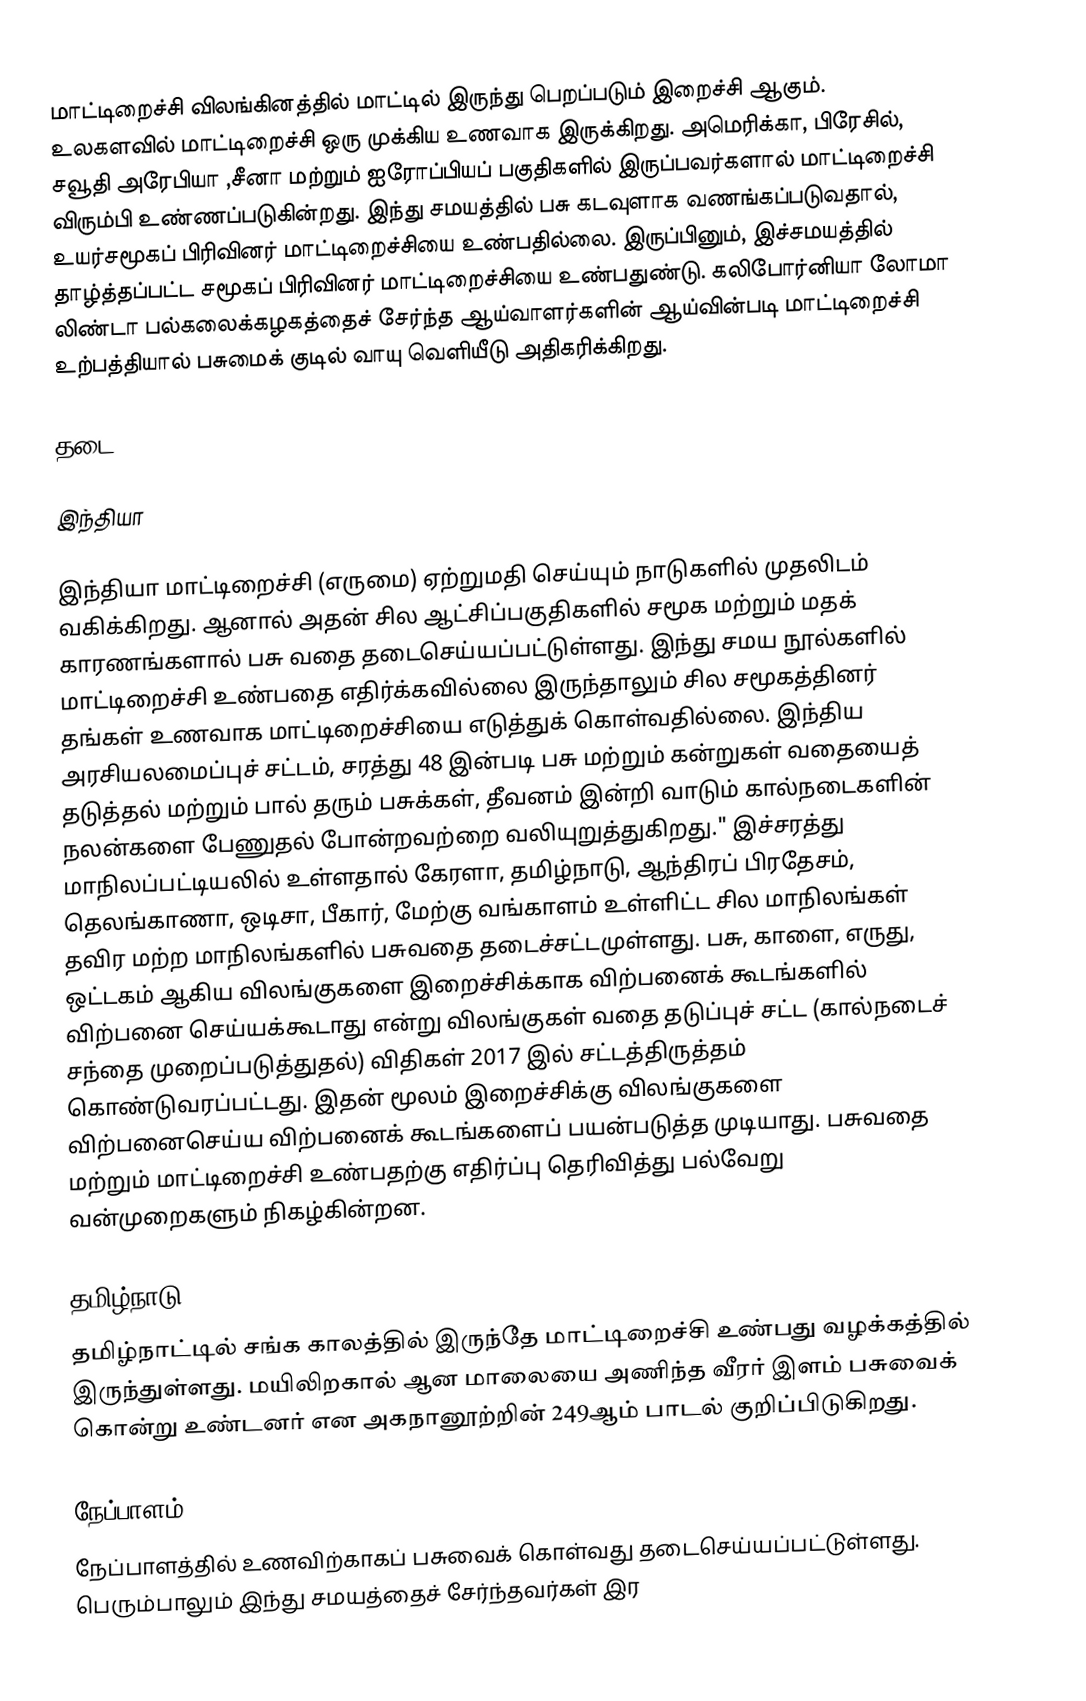
மாட்டிறைச்சி விலங்கினத்தில் மாட்டில் இருந்து பெறப்படும் இறைச்சி  ஆகும். உலகளவில் மாட்டிறைச்சி ஒரு முக்கிய உணவாக இருக்கிறது. அமெரிக்கா, பிரேசில், சவூதி அரேபியா ,சீனா மற்றும் ஐரோப்பியப் பகுதிகளில் இருப்பவர்களால் மாட்டிறைச்சி விரும்பி உண்ணப்படுகின்றது. இந்து சமயத்தில் பசு கடவுளாக வணங்கப்படுவதால், உயர்சமூகப் பிரிவினர் மாட்டிறைச்சியை உண்பதில்லை. இருப்பினும், இச்சமயத்தில் தாழ்த்தப்பட்ட சமூகப் பிரிவினர் மாட்டிறைச்சியை உண்பதுண்டு. கலிபோர்னியா லோமா லிண்டா பல்கலைக்கழகத்தைச் சேர்ந்த ஆய்வாளர்களின் ஆய்வின்படி மாட்டிறைச்சி உற்பத்தியால் பசுமைக் குடில் வாயு வெளியீடு அதிகரிக்கிறது.

தடை

இந்தியா

இந்தியா மாட்டிறைச்சி (எருமை) ஏற்றுமதி செய்யும் நாடுகளில் முதலிடம் வகிக்கிறது. ஆனால் அதன் சில ஆட்சிப்பகுதிகளில் சமூக மற்றும் மதக் காரணங்களால் பசு வதை தடைசெய்யப்பட்டுள்ளது. இந்து சமய நூல்களில் மாட்டிறைச்சி உண்பதை எதிர்க்கவில்லை இருந்தாலும் சில சமூகத்தினர் தங்கள் உணவாக மாட்டிறைச்சியை எடுத்துக் கொள்வதில்லை. இந்திய அரசியலமைப்புச் சட்டம், சரத்து 48 இன்படி பசு மற்றும் கன்றுகள் வதையைத் தடுத்தல் மற்றும் பால் தரும் பசுக்கள், தீவனம் இன்றி வாடும் கால்நடைகளின் நலன்களை பேணுதல் போன்றவற்றை வலியுறுத்துகிறது." இச்சரத்து மாநிலப்பட்டியலில் உள்ளதால் கேரளா, தமிழ்நாடு, ஆந்திரப் பிரதேசம், தெலங்காணா, ஒடிசா, பீகார், மேற்கு வங்காளம் உள்ளிட்ட சில மாநிலங்கள் தவிர மற்ற மாநிலங்களில் பசுவதை தடைச்சட்டமுள்ளது. பசு, காளை, எருது, ஒட்டகம் ஆகிய விலங்குகளை இறைச்சிக்காக விற்பனைக் கூடங்களில் விற்பனை செய்யக்கூடாது என்று விலங்குகள் வதை தடுப்புச் சட்ட (கால்நடைச் சந்தை முறைப்படுத்துதல்) விதிகள் 2017 இல் சட்டத்திருத்தம் கொண்டுவரப்பட்டது. இதன் மூலம் இறைச்சிக்கு விலங்குகளை விற்பனைசெய்ய விற்பனைக் கூடங்களைப் பயன்படுத்த முடியாது. பசுவதை மற்றும் மாட்டிறைச்சி உண்பதற்கு எதிர்ப்பு தெரிவித்து பல்வேறு வன்முறைகளும் நிகழ்கின்றன.

தமிழ்நாடு
தமிழ்நாட்டில் சங்க காலத்தில் இருந்தே மாட்டிறைச்சி உண்பது வழக்கத்தில் இருந்துள்ளது. மயிலிறகால் ஆன மாலையை அணிந்த வீரர் இளம் பசுவைக் கொன்று உண்டனர் என அகநானூற்றின் 249ஆம் பாடல் குறிப்பிடுகிறது.

நேப்பாளம்
நேப்பாளத்தில் உணவிற்காகப் பசுவைக் கொள்வது தடைசெய்யப்பட்டுள்ளது. பெரும்பாலும் இந்து சமயத்தைச் சேர்ந்தவர்கள் இர